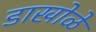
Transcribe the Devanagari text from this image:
डाखोळे